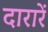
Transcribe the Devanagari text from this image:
दारारें